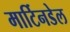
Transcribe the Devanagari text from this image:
मार्टिनडेल